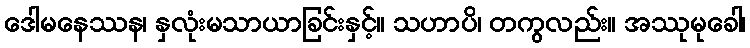
ဒေါမနေဿန၊ နှလုံးမသာယာခြင်းနှင့်။ သဟာပိ၊ တကွလည်း။ အဿုမုခေါ၊